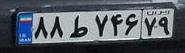
۸۸ط۷۴۶۷۹